Madras plague regulations in force outside the Presidency town - Volume 5
Disease focus: Plague
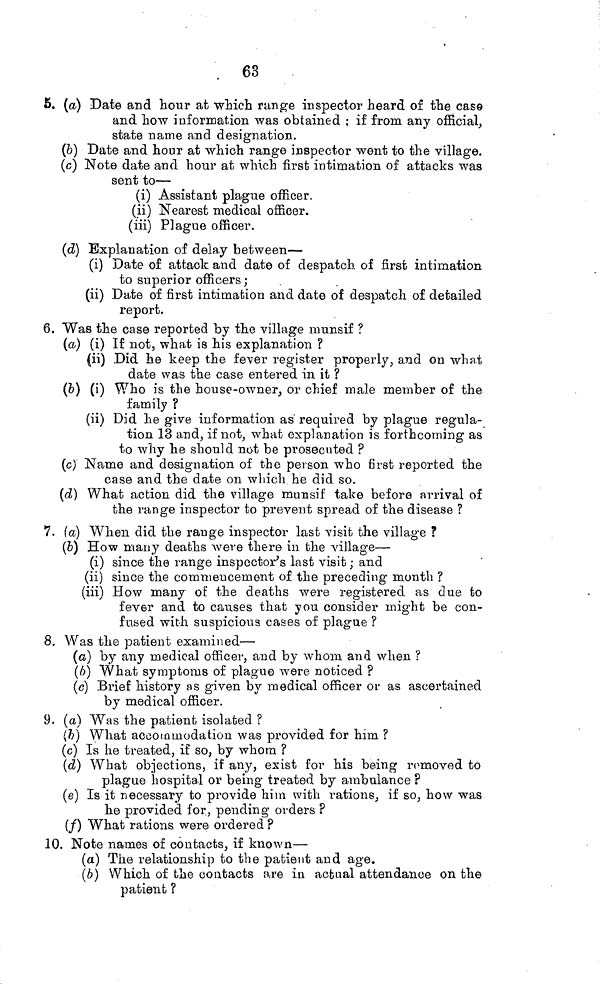
63
5. (a) Date and hour at which range inspector heard of the case
and how information was obtained ; if from any official,
state name and designation.
(b) Date and hour at which range inspector went to the village.
(c) Note date and hour at which first intimation of attacks was
sent to—
(i) Assistant plague officer,
(ii) Nearest medical officer,
(iii) Plague officer,
(d) Explanation of delay between—
(i) Date of attack and date of despatch of first intimation
to superior officers ;
(ii) Date of first intimation and date of despatch of detailed
report.
6. Was the case reported by the village munsif ?
(a) (i) If not, what is his explanation ?
(ii) Did he keep the fever register properly, and on what
date was the case entered in it ?
(b) (i) Who is the house-owner, or chief male member of the
family ?
(ii) Did he give information as required by plague regula-
tion 13 and, if not, what explanation is forthcoming as
to why he should not be prosecuted ?
(c) Name and designation of the person who first reported the
case and the date on which he did so.
(d) What action did the village munsif take before arrival of
the range inspector to prevent spread of the disease ?
7. (a) When did the range inspector last visit the village ?
(b) How many deaths were there in the village—
(i) since the range inspector's last visit ; and
(ii) since the commencement of the preceding month ?
(iii) How many of the deaths were registered as due to
fever and to causes that you consider might be con-
fused with suspicious cases of plague ?
8. Was the patient examined—
(a) by any medical officer, and by whom and when ?
(b) What symptoms of plague were noticed ?
(c) Brief history as given by medical officer or as ascertained
by medical officer.
9. (a) Was the patient isolated ?
(b) What accommodation was provided for him ?
(c) Is he treated, if so, by whom ?
(d) What objections, if any, exist for his being romoved to
plague hospital or being treated by ambulance ?
(e) Is it necessary to provide him with rations, if so, how was
he provided for, pending orders ?
(/) What rations were ordered ?
10. Note names of contacts, if known—
(a) The relationship to the patient and age.
(b) Which of the contacts are in actual attendance on the
patient ?